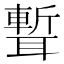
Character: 𦗚